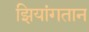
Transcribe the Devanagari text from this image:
झियांगतान